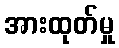
အားထုတ်မှု